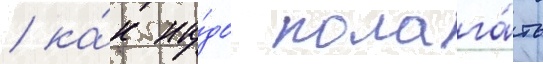
/ ка́к на́до полага́ть